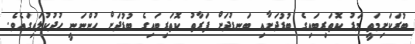
ބުރަކަށިމަތީ މަޑު ކޮތަރިބައިގެ ބުޑުދަށާއި ބަނޑުދަށް ފަރާތު ކޮތަރިބައިގެ ބުޑުދަށް ހުންނަނީ ހުދުކުލައިގައެވެ.